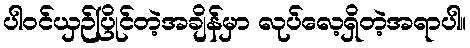
ပါဝင်ယှဉ်ပြိုင်တဲ့အချိန်မှာ လုပ်လေ့ရှိတဲ့အရာပါ။